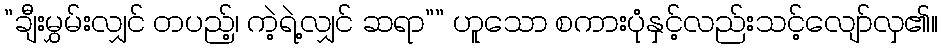
”ချီးမွှမ်းလျှင် တပည့်၊ ကဲ့ရဲ့လျှင် ဆရာ”” ဟူသော စကားပုံနှင့်လည်းသင့်လျော်လှ၏။